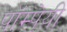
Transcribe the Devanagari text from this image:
पॉम्पेयी